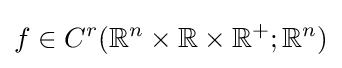
f\in C^{r}(\mathbb {R} ^{n}\times \mathbb {R} \times \mathbb {R} ^{+};\mathbb {R} ^{n})